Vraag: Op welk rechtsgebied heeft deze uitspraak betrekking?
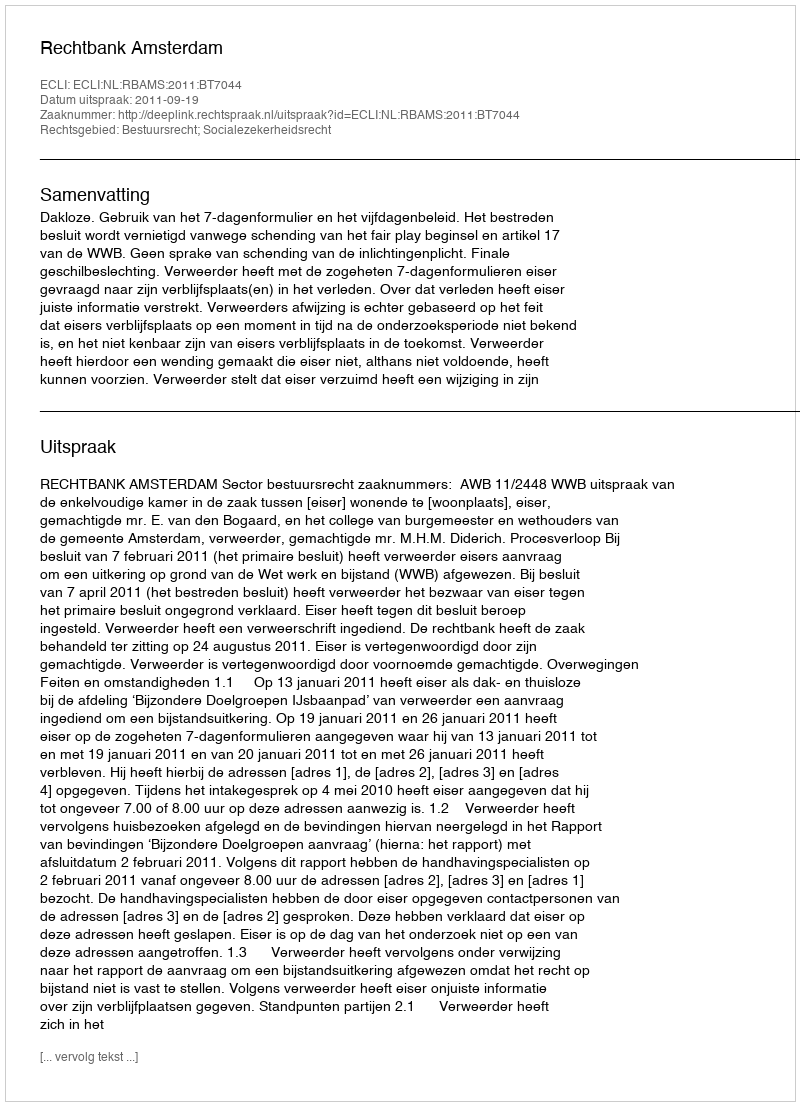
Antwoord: Bestuursrecht; Socialezekerheidsrecht